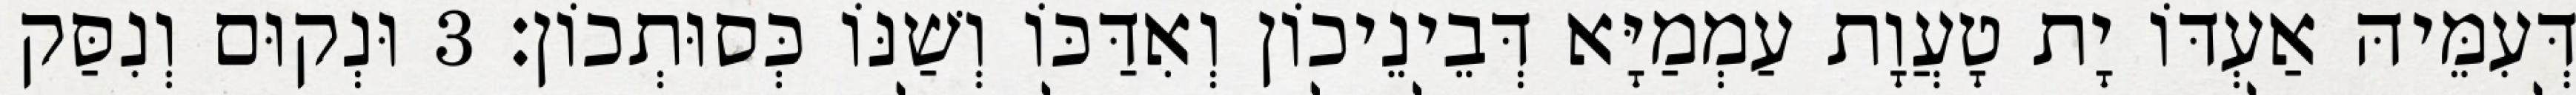
דְּעִמֵּיהּ אַעְדּוֹ יָת טָעֲוָת עַמְמַיָּא דְּבֵינֵיכוֹן וְאִדַּכּוֹ וְשַׁנּוֹ כְּסוּתְכוֹן׃ 3 וּנְקוּם וְנִסַּק